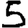
Digit: 5